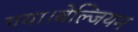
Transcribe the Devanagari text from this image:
गया।बेल्जियम